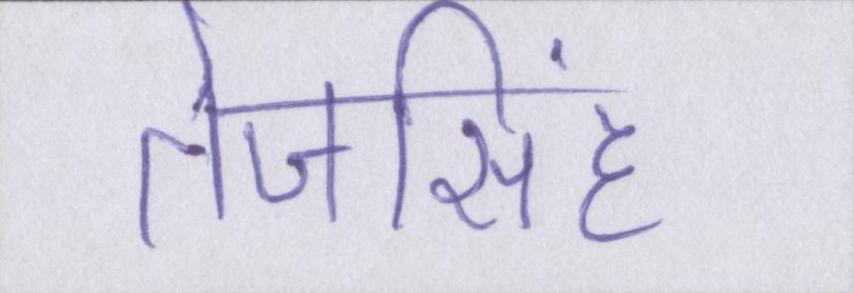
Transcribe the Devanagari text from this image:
तेजसिंह